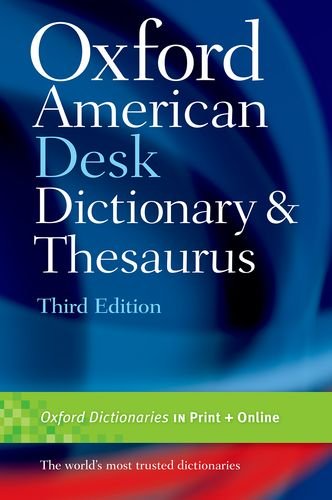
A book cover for Oxford American Desk Dictionary & Thesaurus; Oxford; Reference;